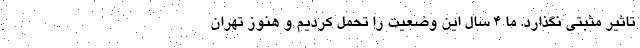
تاثير مثبتي نگذارد. ما 4 سال اين وضعيت را تحمل كرديم و هنوز تهران